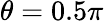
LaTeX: \theta=0.5\pi